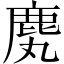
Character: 䴟